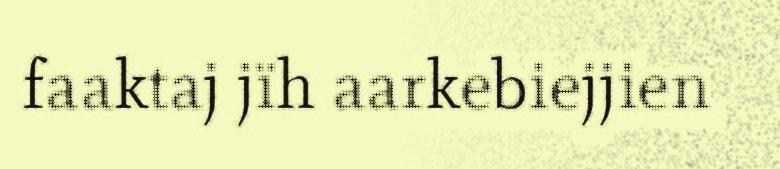
faaktaj jïh aarkebiejjien